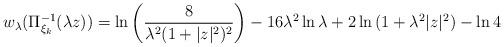
LaTeX: \begin{align*}w_{\lambda}(\Pi^{-1}_{\xi_k}(\lambda z))=\ln{\left(\frac{8}{\lambda^2(1+|z|^2)^2}\right)} -16\lambda^2\ln{\lambda}+2\ln{(1+\lambda^2|z|^2)}-\ln{4}\end{align*}